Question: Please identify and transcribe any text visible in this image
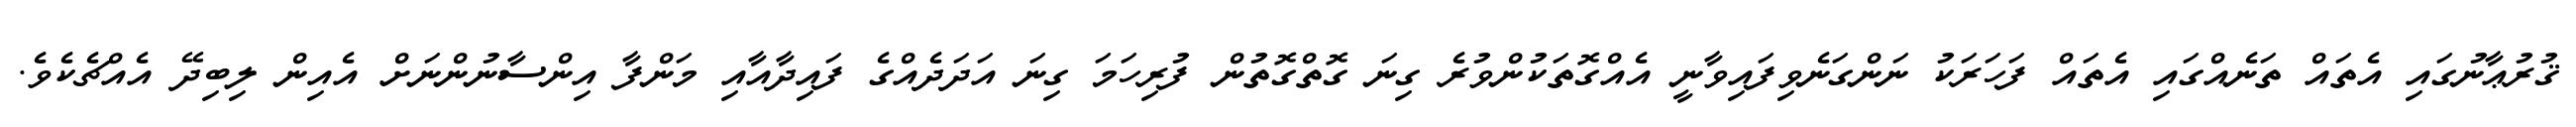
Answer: ޤުރުޢާނުގައި އެތައް ތަނެއްގައި އެތައް ފަހަރަކު ނަންގަނެވިފައިވާނީ އެއްގޮތަކުންވުރެ ގިނަ ގޮތްގޮތުން ފުރިހަމަ ގިނަ އަދަދެއްގެ ފައިދާއާއި މަންފާ އިންސާނުންނަށް އެއިން ލިބިދޭ އެއްޗެކެވެ.